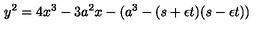
y ^ { 2 } = 4 x ^ { 3 } - 3 a ^ { 2 } x - ( a ^ { 3 } - ( s + \epsilon t ) ( s - \epsilon t ) )